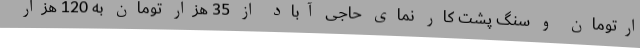
ارتومان و سنگ پشت کار نمای حاجی آباد از 35 هزار تومان به 120 هزار